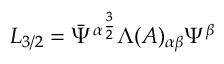
{ \cal L } _ { 3 / 2 } = \bar { \Psi } ^ { \alpha } { } ^ { \frac { 3 } { 2 } } \Lambda ( A ) _ { \alpha \beta } \Psi ^ { \beta }